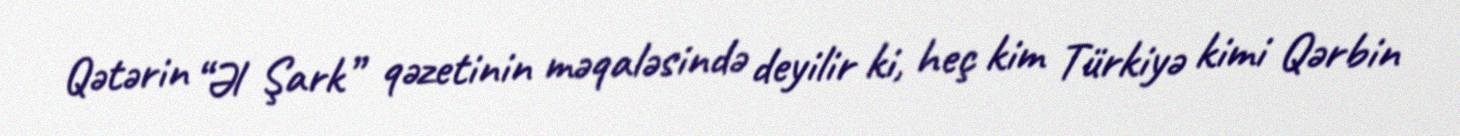
Qətərin “Əl Şark” qəzetinin məqaləsində deyilir ki, heç kim Türkiyə kimi Qərbin